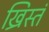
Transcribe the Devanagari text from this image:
ख्रिस्तं